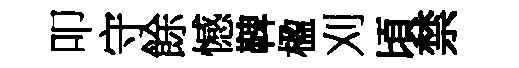
叩守餘憾鞞楹刈頃禁